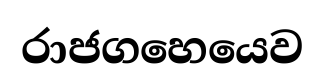
රාජගහෙයෙව